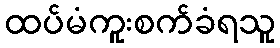
ထပ်မံကူးစက်ခံရသူ